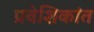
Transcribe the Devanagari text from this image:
प्रवेशिकांत